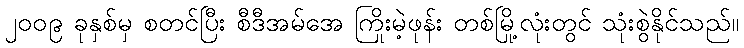
၂၀၀၉ ခုနှစ်မှ စတင်ပြီး စီဒီအမ်အေ ကြိုးမဲ့ဖုန်း တစ်မြို့လုံးတွင် သုံးစွဲနိုင်သည်။